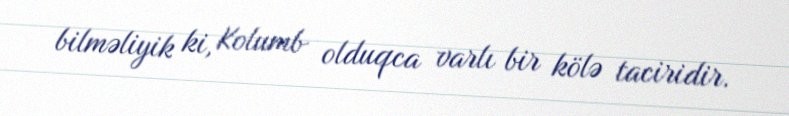
bilməliyik ki, Kolumb olduqca varlı bir kölə taciridir.